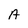
Character: A